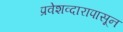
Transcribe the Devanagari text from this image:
प्रवेशव्दारापासून